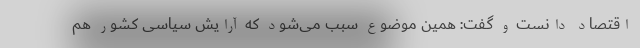
اقتصاد دانست و گفت: همین موضوع سبب می‌شود که آرایش سیاسی کشور هم